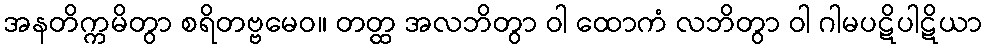
အနတိက္ကမိတွာ စရိတဗ္ဗမေဝ။ တတ္ထ အလဘိတွာ ဝါ ထောကံ လဘိတွာ ဝါ ဂါမပဋိပါဋိယာ